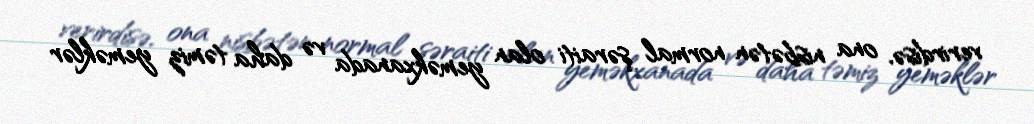
verirdisə, ona nisbətən normal şəraiti olan yeməkxanada və daha təmiz yeməklər